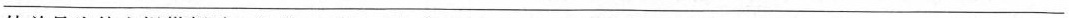
______________________________________________________